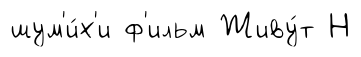
шум'и́х'и ф'ильм Живу́т Н